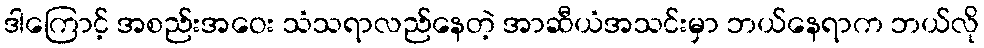
ဒါကြောင့် အစည်းအဝေး သံသရာလည်နေတဲ့ အာဆီယံအသင်းမှာ ဘယ်နေရာက ဘယ်လို